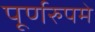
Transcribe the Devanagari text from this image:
पूर्णरुपमे